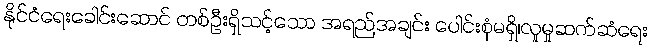
နိုင်ငံရေးခေါင်းဆောင် တစ်ဦးရှိသင့်သော အရည်အချင်း ပေါင်းစုံမရှိ၊လူမှုဆက်ဆံရေး